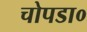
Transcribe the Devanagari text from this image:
चोपडा०